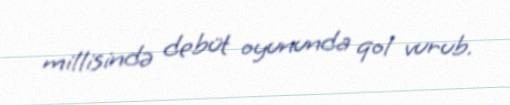
millisində debüt oyununda qol vurub.